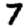
Digit: 7